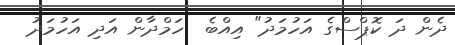
ދެން ދަ ކޮޕްސްގެ އަހުމަދު" އިއްބެ  ހަމްދާން އަދި އަހުމަދު